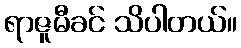
ရာဇူမီခင် သိပါတယ်။